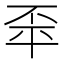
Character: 𢆓